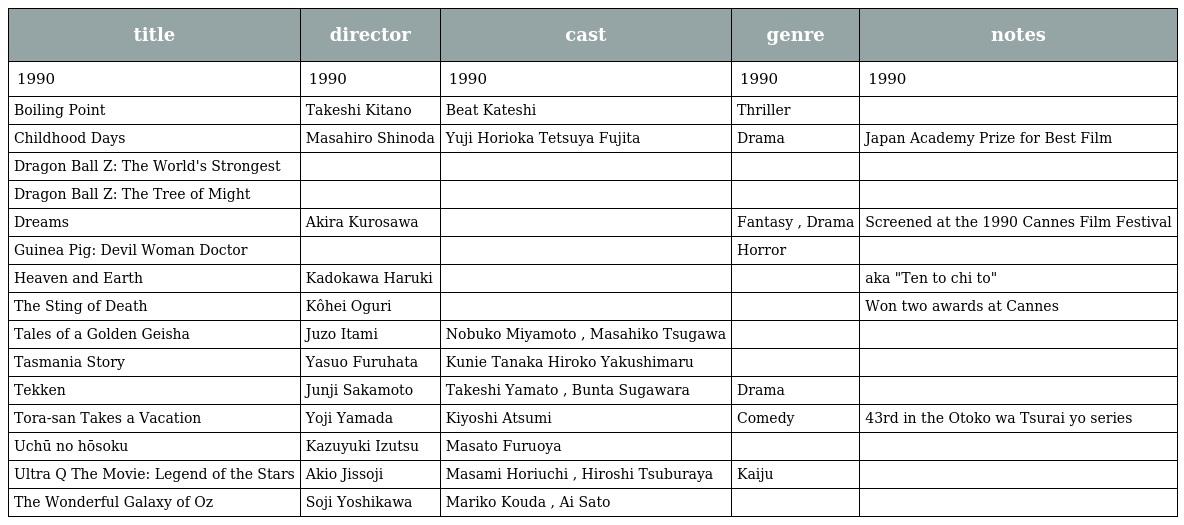
| title | director | cast | genre | notes |
 | --- | --- | --- | --- | --- |
 | 1990 | 1990 | 1990 | 1990 | 1990 |
 | Boiling Point | Takeshi Kitano | Beat Kateshi | Thriller |  |
 | Childhood Days | Masahiro Shinoda | Yuji Horioka Tetsuya Fujita | Drama | Japan Academy Prize for Best Film |
 | Dragon Ball Z: The World's Strongest |  |  |  |  |
 | Dragon Ball Z: The Tree of Might |  |  |  |  |
 | Dreams | Akira Kurosawa |  | Fantasy , Drama | Screened at the 1990 Cannes Film Festival |
 | Guinea Pig: Devil Woman Doctor |  |  | Horror |  |
 | Heaven and Earth | Kadokawa Haruki |  |  | aka "Ten to chi to" |
 | The Sting of Death | Kôhei Oguri |  |  | Won two awards at Cannes |
 | Tales of a Golden Geisha | Juzo Itami | Nobuko Miyamoto , Masahiko Tsugawa |  |  |
 | Tasmania Story | Yasuo Furuhata | Kunie Tanaka Hiroko Yakushimaru |  |  |
 | Tekken | Junji Sakamoto | Takeshi Yamato , Bunta Sugawara | Drama |  |
 | Tora-san Takes a Vacation | Yoji Yamada | Kiyoshi Atsumi | Comedy | 43rd in the Otoko wa Tsurai yo series |
 | Uchū no hōsoku | Kazuyuki Izutsu | Masato Furuoya |  |  |
 | Ultra Q The Movie: Legend of the Stars | Akio Jissoji | Masami Horiuchi , Hiroshi Tsuburaya | Kaiju |  |
 | The Wonderful Galaxy of Oz | Soji Yoshikawa | Mariko Kouda , Ai Sato |  |  |